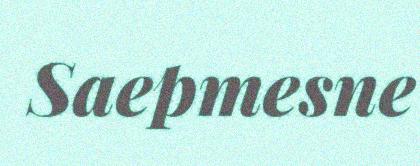
Saepmesne